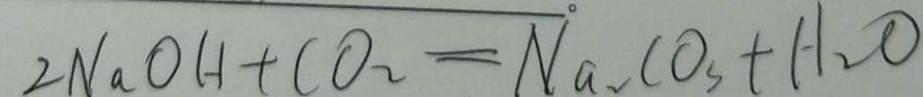
2 N a O H + C O _ { 2 } = N a _ { 2 } C O _ { 3 } + H _ { 2 } O